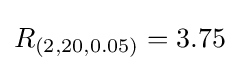
R_{(2,20,0.05)}=3.75